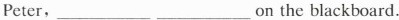
Peter, _______on the blackboard.